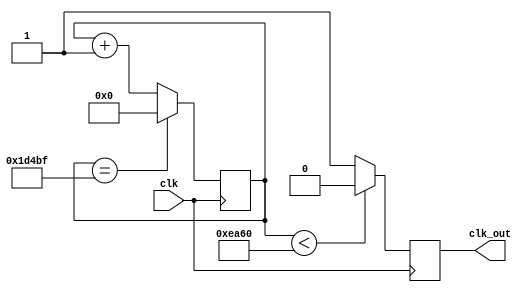
module divide_120000(
	input clk,					// 12MHz
	output reg clk_out		// 100Hz
);

reg [16:0]cnt;					// 17

always @(posedge clk)begin

	if(cnt==17'd119999)
		cnt<=0;
	else
		cnt<=cnt+1;
	
	if(cnt<17'd60000)
		clk_out<=0;
	else
		clk_out<=1;

end


endmodule